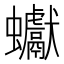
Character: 𧖃